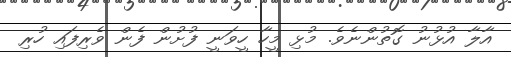
އާލާ އުޅުނު ގޮތުންނެވެ. މުޅި މީހާ ހީވަނީ ފުށުން ފެން ވެރިފައި ހުރި